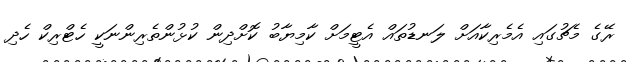
ރޭގެ މެޗުގައި އެމެރިކާއަށް ލަނޑުތައް އެޓީމަށް ކާމިޔާބު ކޮށްދިން ކުޅުންތެރިންނަކީ ހެޓްރިކް ހެދި